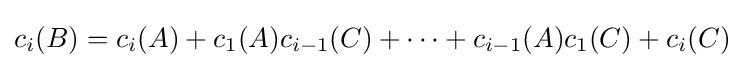
c_{i}(B)=c_{i}(A)+c_{1}(A)c_{i-1}(C)+\cdots +c_{i-1}(A)c_{1}(C)+c_{i}(C)